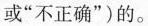
或”不正确”)的。